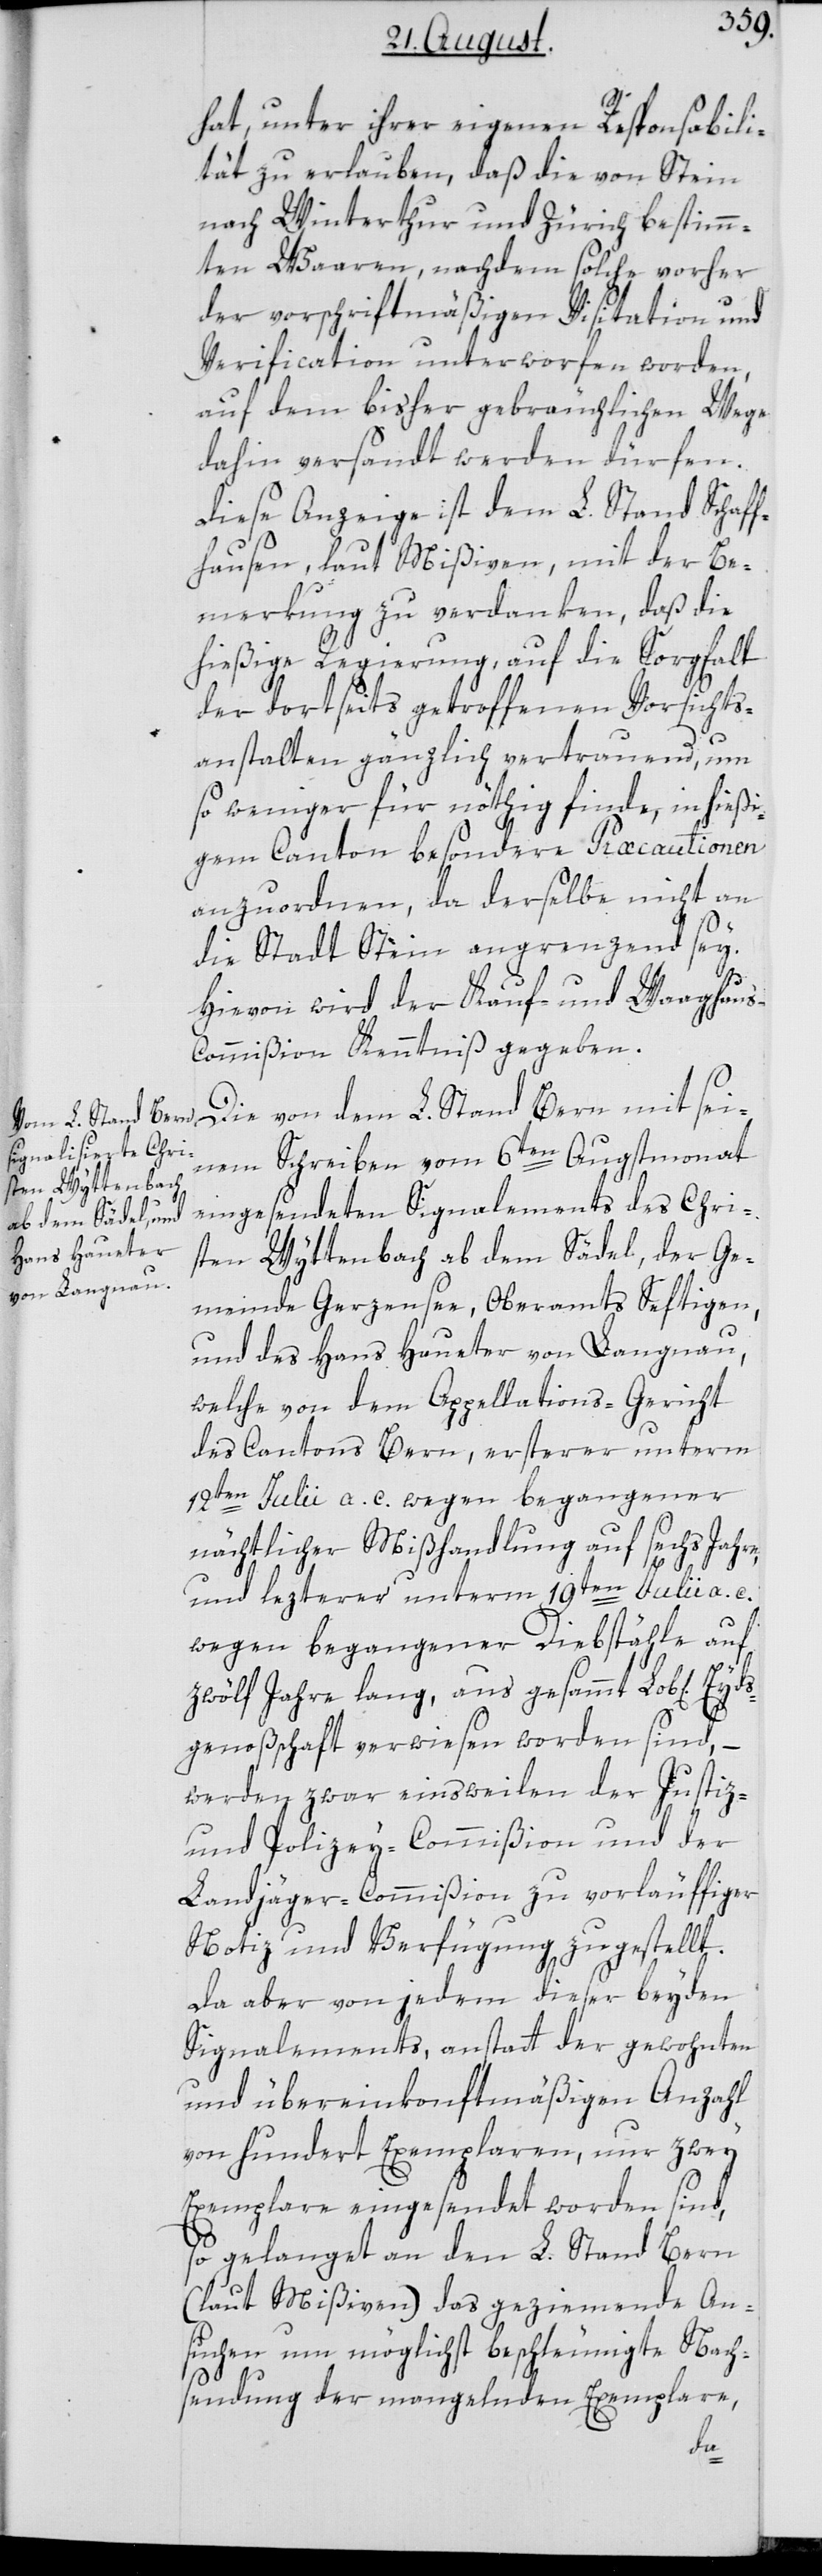
hat, unter ihrer eigenen Responsabili¬
tät zu erlauben, daß die von Stein
nach Winterthur und Zürich bestimm¬
ten Waaren, nachdem solche vorher
der vorschriftsmäßigen Visitation und
Verification unterworfen worden,
auf dem bisher gebräuchlichen Wege
dahin versandt werden dürfen.
Diese Anzeige ist dem L. Stand Schaff¬
hausen, laut Mißiven, mit der Be¬
merkung zu verdanken, daß die
hießige Regierung auf die Sorgfalt
der dortseits getroffenen Vorsichts¬
anstalten gänzlich vertrauend, um
so weniger für nöthig finde, in hießi¬
gem Canton besondere Præcautionen
anzuordnen, da derselbe nicht an
die Stadt Stein angrenzend sey.
Hievon wird der Kauf- und Waaghau¬
s-Commißion Kenntniß gegeben.
Die von dem L. Stand Bern mit sei¬
nem Schreiben vom 6ten Augstmonat
eingesendeten Signalements des Chri¬
sten Wyttenbach ab dem Sädel, der Ge¬
meinde Gerzensee, Oberamts Seftigen,
und des Hans Haueter von Langnau,
welche von dem Appellations-Gericht
des Cantons Bern, ersterer unterm
12ten Julii a. c. wegen begangener
nächtlicher Mißhandlung auf sechs Jahre,
und lezterer unterm 19ten Julii a. c.
wegen begangener Diebstähle auf
zwölf Jahre lang, aus gesammt Lob[licher]
genoßschaft verwiesen worden sind, –
werden zwar einsweilen der Justiz-
und Polizey-Commißion und der
Landjäger-Commißion zu vorläuffiger
Notiz und Verfügung zugestellt.
Da aber von jedem dieser beyden
Signalements, anstatt der gewohnten
und übereinkonftmäßigen Anzahl
von hundert Exemplaren, nur zwey
Exemplare eingesendet worden sind,
so gelanget an den L. Stand Bern
(laut Mißiven) das geziemende An¬
suchen um möglichst beschleunigte Nach¬
sendung der mangelnden Exemplare,
ds¬